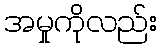
အမှုကိုလည်း